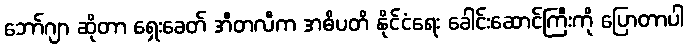
ဘော်ဂျာ ဆိုတာ ရှေးခေတ် အီတလီက အဓိပတိ နိုင်ငံရေး ခေါင်းဆောင်ကြီးကို ပြောတာပါ